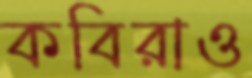
কবিরাও